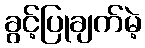
ခွင့်ပြုချက်မဲ့